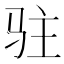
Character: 驻